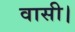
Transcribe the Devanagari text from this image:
वासी।